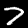
Digit: 7